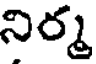
నిర్మ